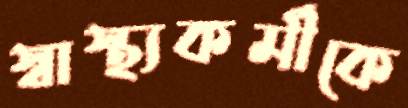
স্বাস্থ্যকর্মীকে